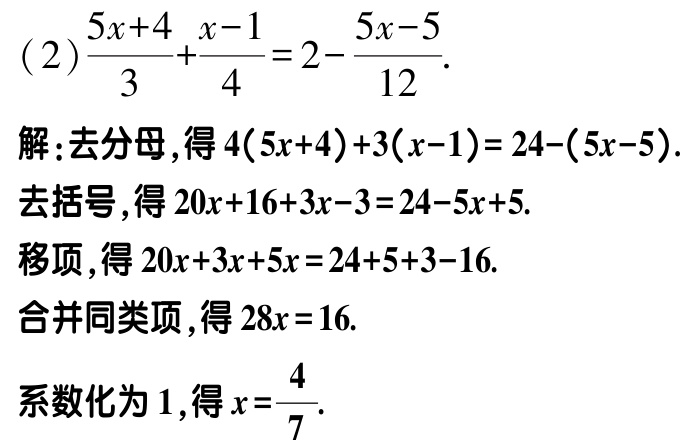
(2)\(\frac{5x + 4}{3}+\frac{x - 1}{4}=2-\frac{5x - 5}{12}\).
解：去分母，得\(4(5x + 4)+3(x - 1)=24-(5x - 5)\).
去括号，得\(20x + 16+3x - 3=24 - 5x + 5\).
移项，得\(20x + 3x + 5x=24 + 5+3 - 16\).
合并同类项，得\(28x = 16\).
系数化为\(1\)，得\(x=\frac{4}{7}\).